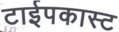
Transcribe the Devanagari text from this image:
टाईपकास्ट